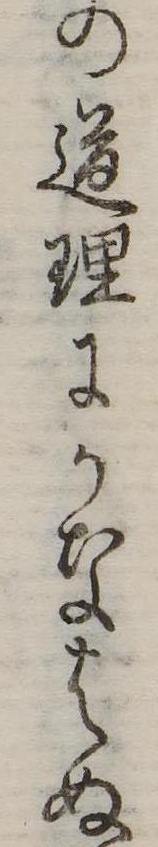
の道理にかなはぬ